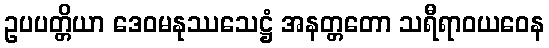
ဥပပတ္တိယာ ဒေဝမနုဿသေဋ္ဌံ အနတ္တတော သရီရာဝယဝေန